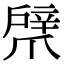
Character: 𢩞